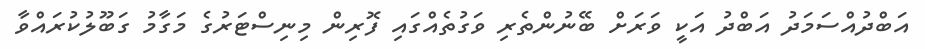
އަބްދުއްސަމަދު އަބްދު އަކީ ވަރަށް ބޭނުންތެރި ވަގުތެއްގައި ފޮރިން މިނިސްޓަރުގެ މަގާމު ގަބޫލުކުރައްވާ